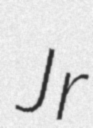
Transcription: Jr